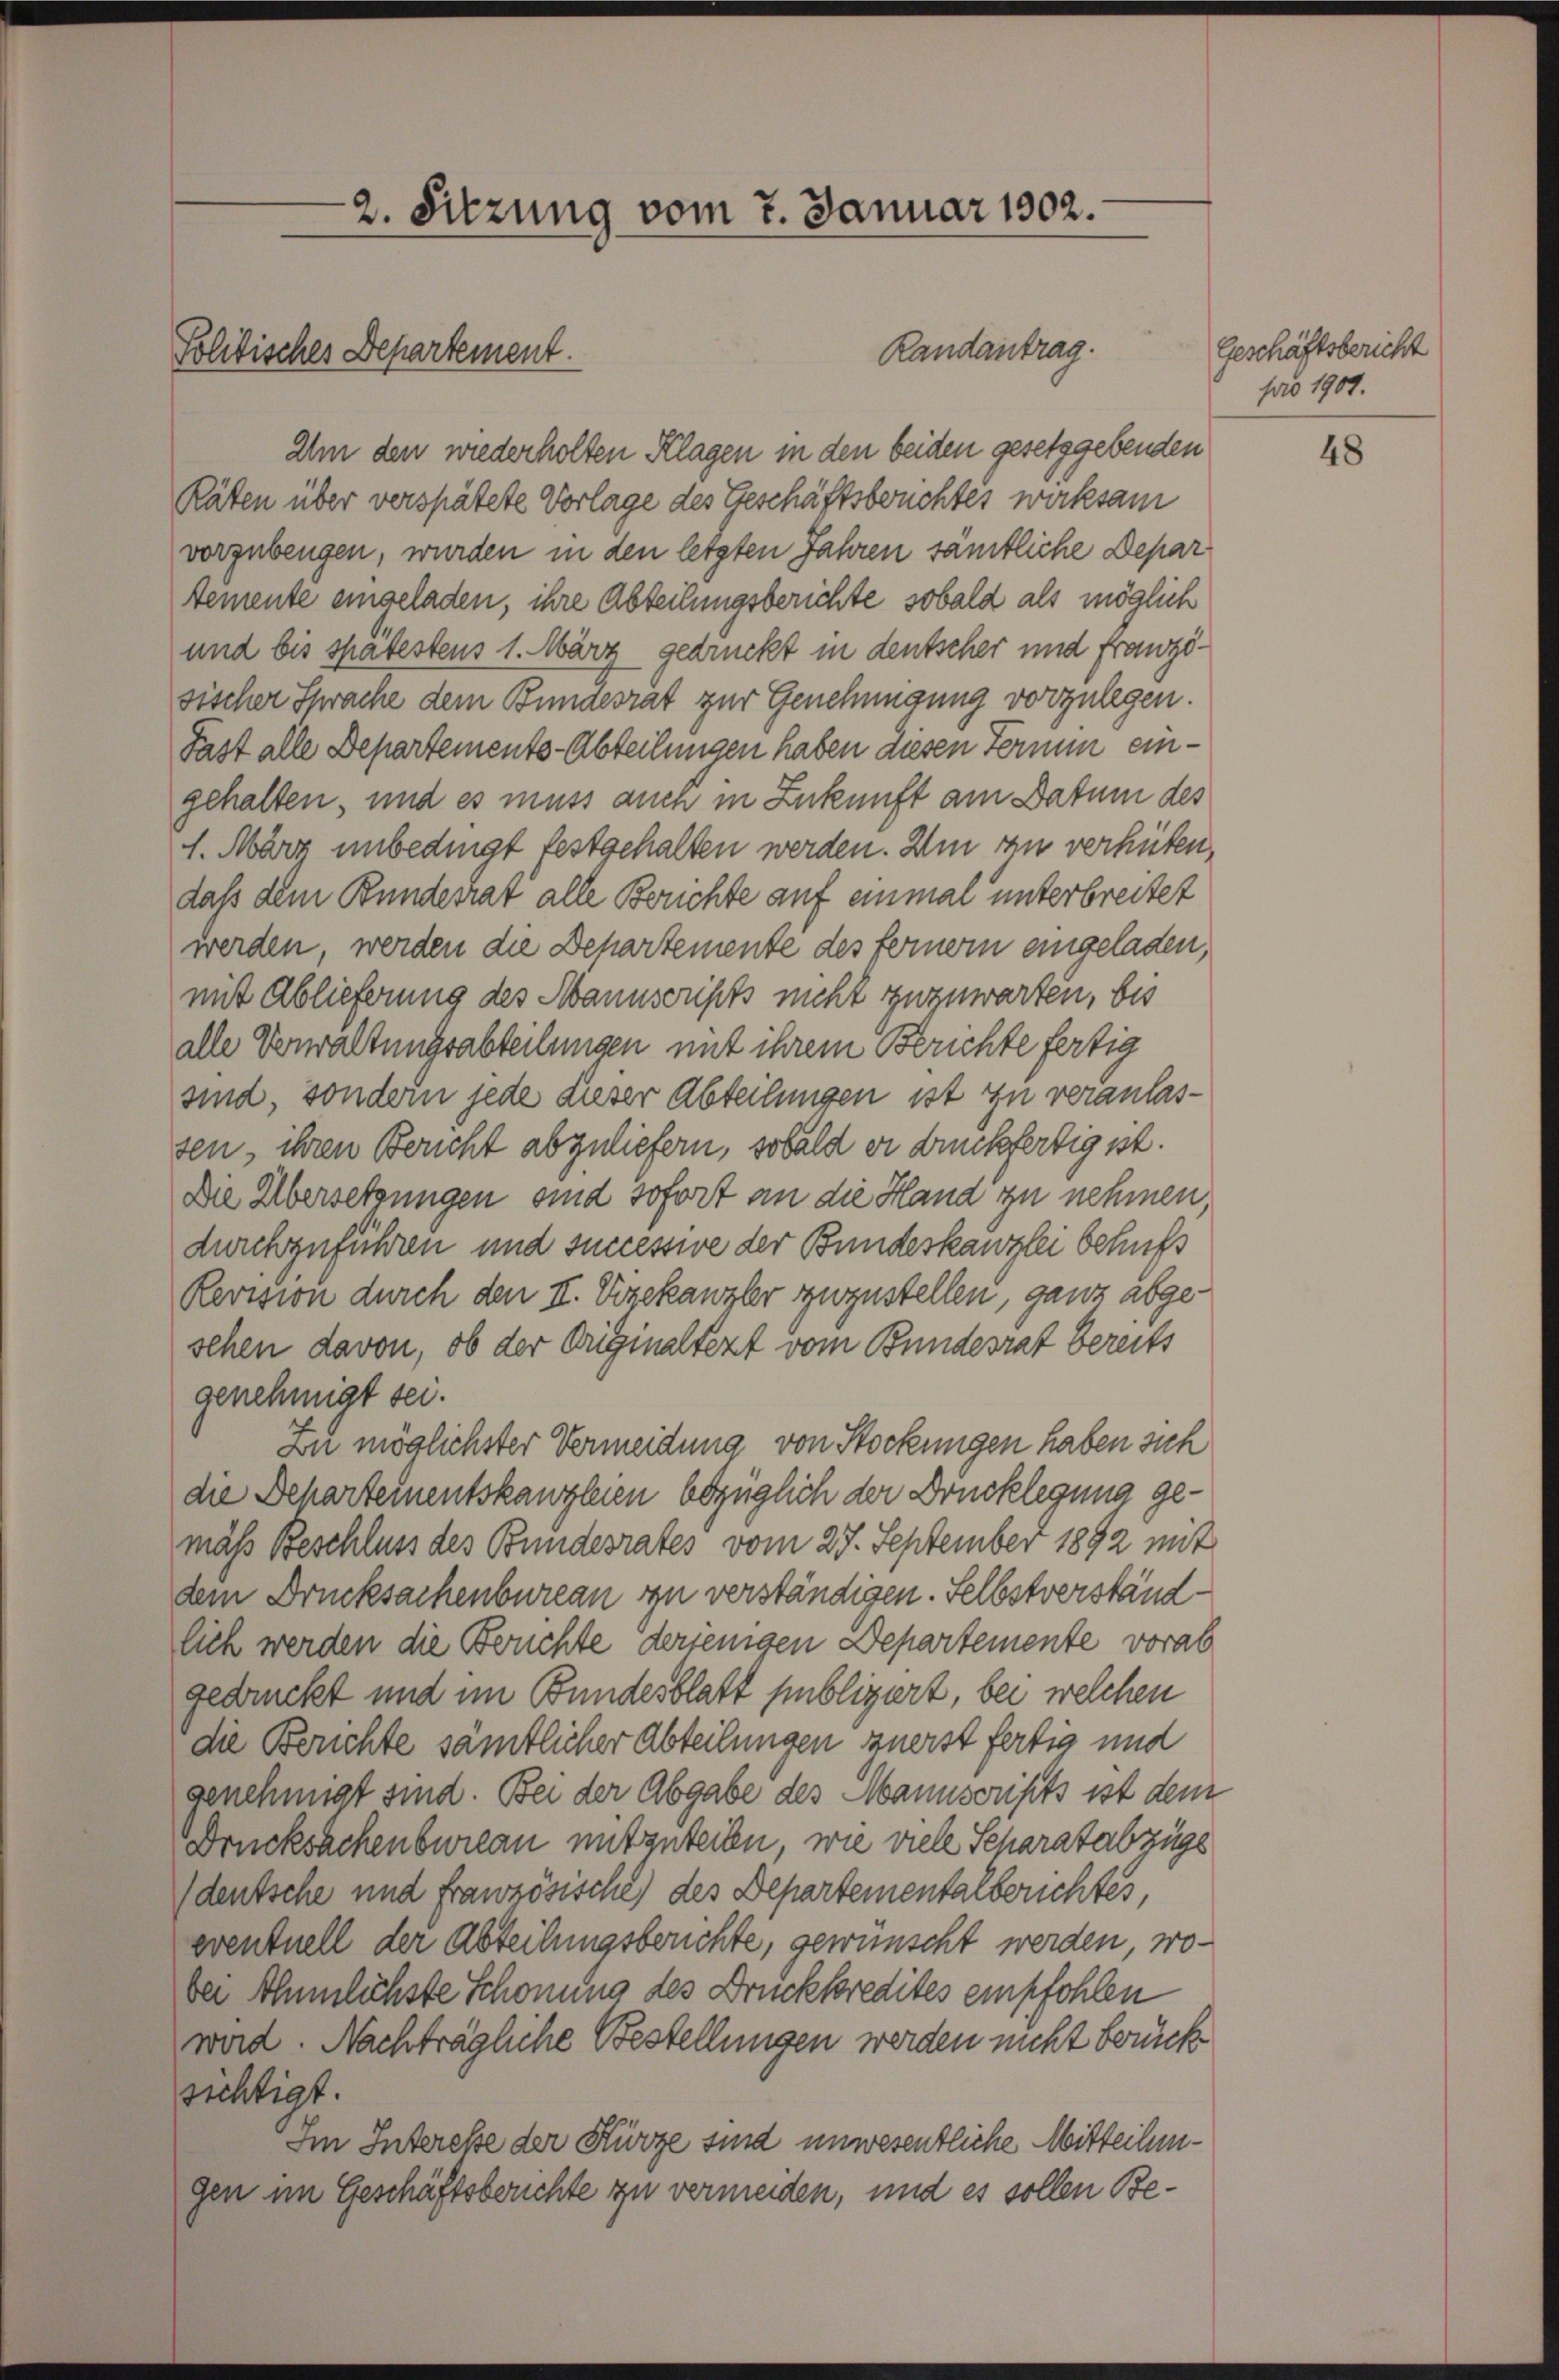
Politisches Departement.

2. Sitzung vom 7. Januar 1902.

Um den wiederholten Klagen in den beiden gesetzgebenden
Räten über verspätete Vorlage des Geschäftsbruchtes wirksam
vorzubeugen, wurden in den letzten Jahren sämtliche Depar¬
Aemente eingeladen, ihre Abteilungsberichte sobald als möglich
und bis spätestens 1. März gedruckt in deutscher und französischer Sprache dem Bundesrät zur Genehmigung vorzulegen.
Fast alle Departements-Abteilungen haben diesen Fernen eingehalten, und es muss auch in Zukunft am Datum des
1. März unbedingt festgehalten werden. Um zu verhüten,
dass dem Bundesrat alle Berichte auf einmal unterbreitet
werden werden die Departemente des fernern eingeladen,
mit Ablieferung des Manuscripts nicht zuzuwarten, bis
alle Verwaltungsabteilungen mit ihrem Berichte fertig
sind, sondern jede dieser Abteilungen ist zu veranlassen, ihren Bericht abzuliefern, sobald er druckfertig ist.
Die Übersetzungen sind sofort an die Hand zu nehmen,
durchzuführen und successive der Bundeskanzlei behufs
Revision durch den II. Vizekanzler zuzustellen, ganz abgeschen davon, ob der Originaltezt vom Bundesrat bereits
genehmigt sei.
Du möglichster Vermeidung von Stockungen haben sich
die Behartementskanzleien bezüglich der Drucklegung gemäß Beschluss des Bundesrates vom 27. September 1892 mit
dem Drucksachenbureau zu verständigen. Selbstverständlich werden die Berichte derjenigen Departemente vorab
gedruckt und im Bundesblatt publiziert, bei welchen
die Berichte sämtlicher Abteilungen zuerst fertig und
genehmigt sind. Bei der Abgabe des Manuscripts ist dem
Drucksachenbureau mitzuteilen, wie viele Separatabzugs
deutsche und Französische des Departementalberichtes,
eventuell der Abteilungsberichte, gewünscht werden, wobei ähnlichste Schonung des Druckkredites empfohlen
wird. Nachträgliche Bestellungen werden nicht berücksichtigt.
Im Interesse der Kürze sind unwesentliche Mitteilungen im Geschäftsberichte zu vermeiden, und es sollen Be¬

Randantrag.

Geschäftsbericht
pro 1907.

48